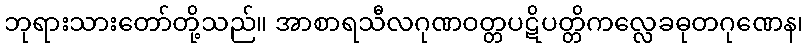
ဘုရားသားတော်တို့သည်။ အာစာရသီလဂုဏဝတ္တပဋိပတ္တိကလ္လေခဓုတဂုဏေန၊